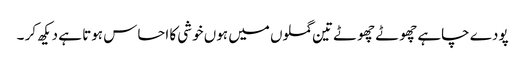
پودے چاہے چھوٹے چھوٹے تین گملوں میں ہوں خوشی کا احساس ہوتا ہے دیکھ کر ۔